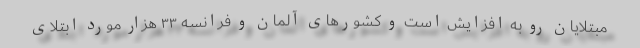
مبتلایان رو به افزایش است و کشورهای آلمان و فرانسه ۳۳ هزار مورد ابتلای